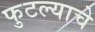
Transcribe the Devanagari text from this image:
फुटल्याचे